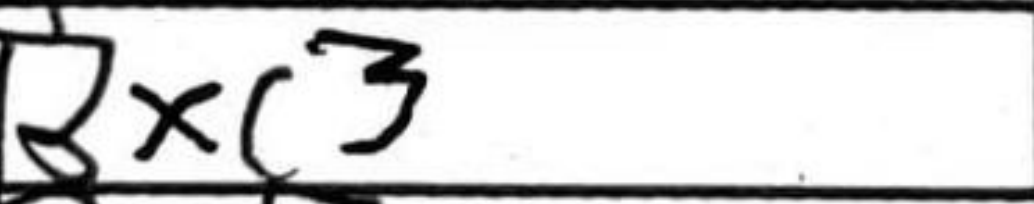
Transcription: Bxc3